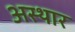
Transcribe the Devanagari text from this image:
अस्थार